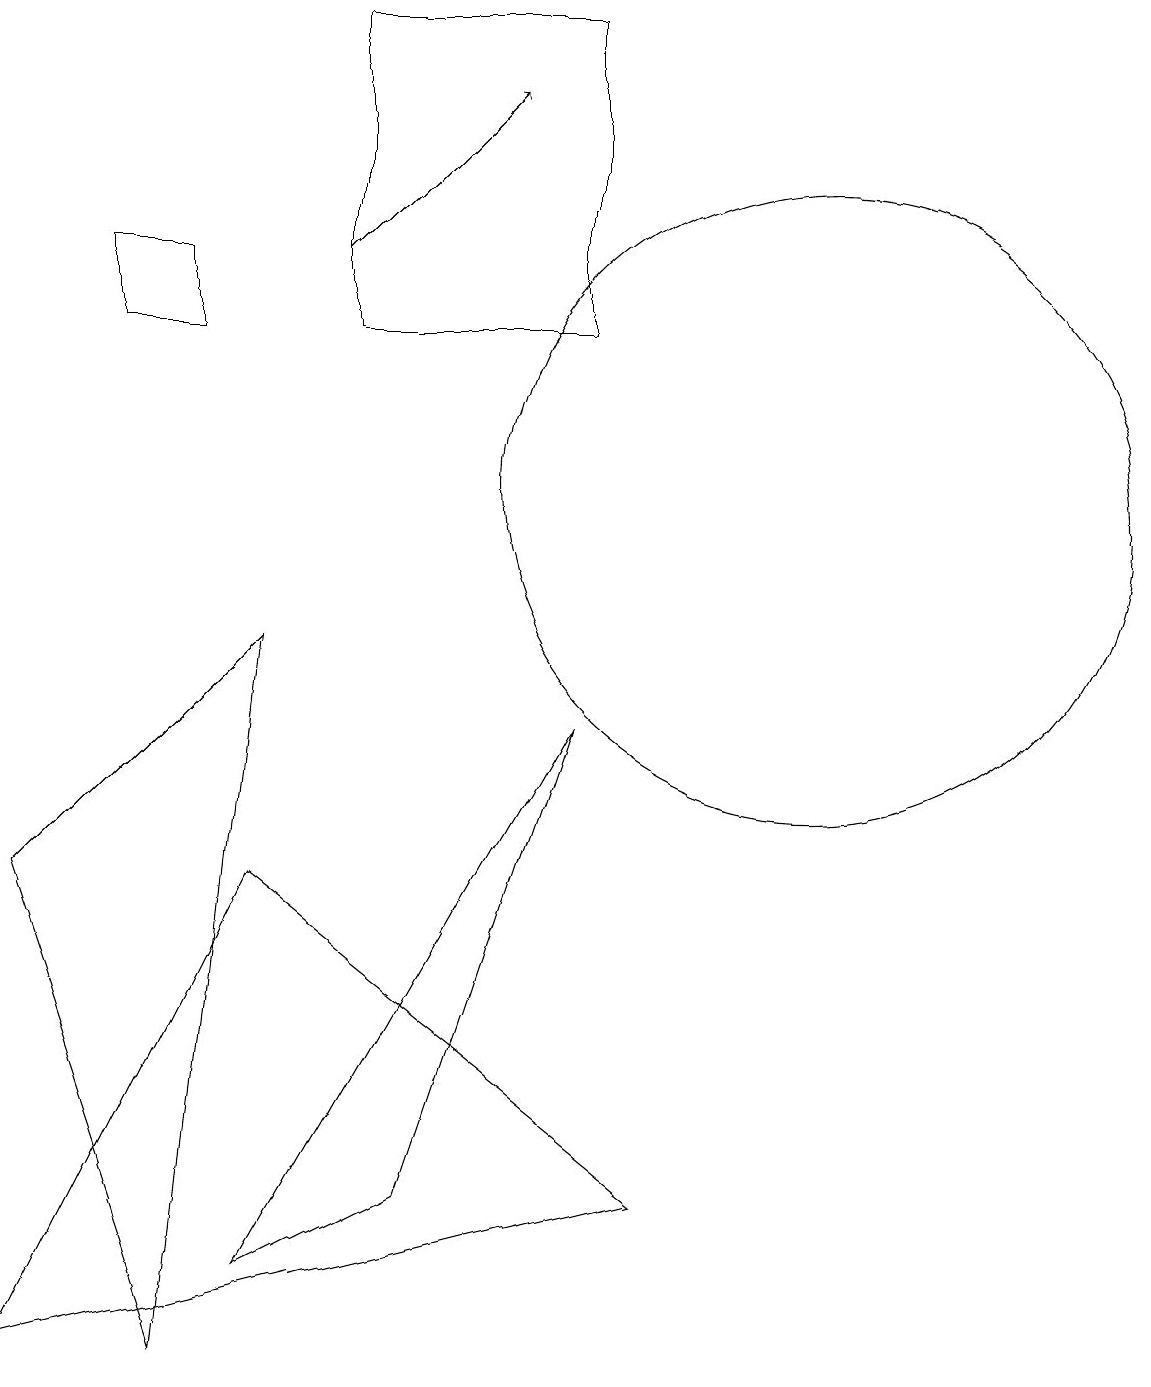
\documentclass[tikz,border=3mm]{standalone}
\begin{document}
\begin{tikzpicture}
\draw (5,2) -- (7,8) -- (3,1) -- cycle;
\draw (7,17) rectangle (4,13);
\draw (0,6) -- (3,9) -- (2,0) -- cycle;
\draw (1,13) rectangle (2,14);
\draw (3,6) -- (0,0) -- (8,2) -- cycle;
\draw[->] (4,14) -- (6,16);
\draw (10,11) circle (4);
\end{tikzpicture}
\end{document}